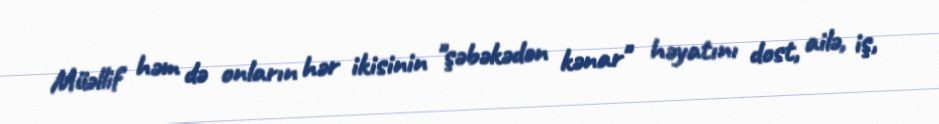
Müəllif həm də onların hər ikisinin "şəbəkədən kənar" həyatını dost, ailə, iş,